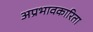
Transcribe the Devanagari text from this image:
अप्रभावकारिता